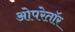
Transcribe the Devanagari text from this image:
ओपरेतॉर